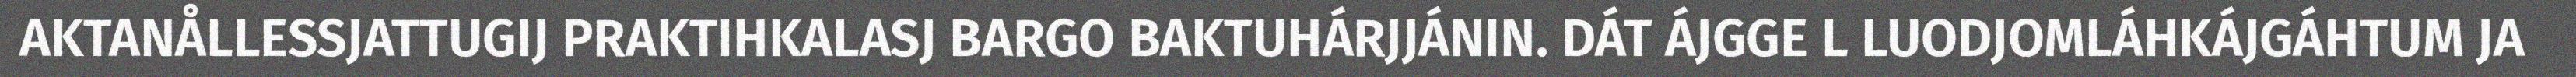
AKTANÅLLESSJATTUGIJ PRAKTIHKALASJ BARGO BAKTUHÁRJJÁNIN. DÁT ÁJGGE L LUODJOMLÁHKÁJGÁHTUM JA